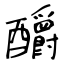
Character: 釂